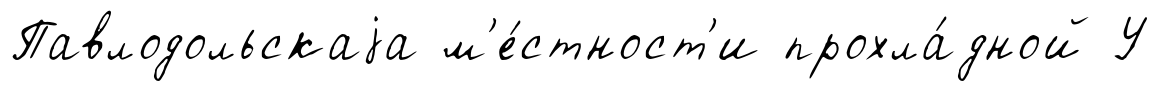
Павлодольскаjа м'е́стност'и прохла́дной У